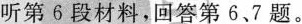
听第6段材料，回答第6.7题。